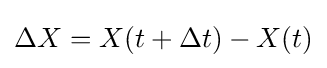
\Delta X=X(t+\Delta t)-X(t)